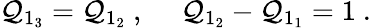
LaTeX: \mathcal{Q}_{1_{3}}=\mathcal{Q}_{1_{2}}~,~~~~~\mathcal{Q}_{1_{2}}-\mathcal{Q}_{1_{1}}=1~.